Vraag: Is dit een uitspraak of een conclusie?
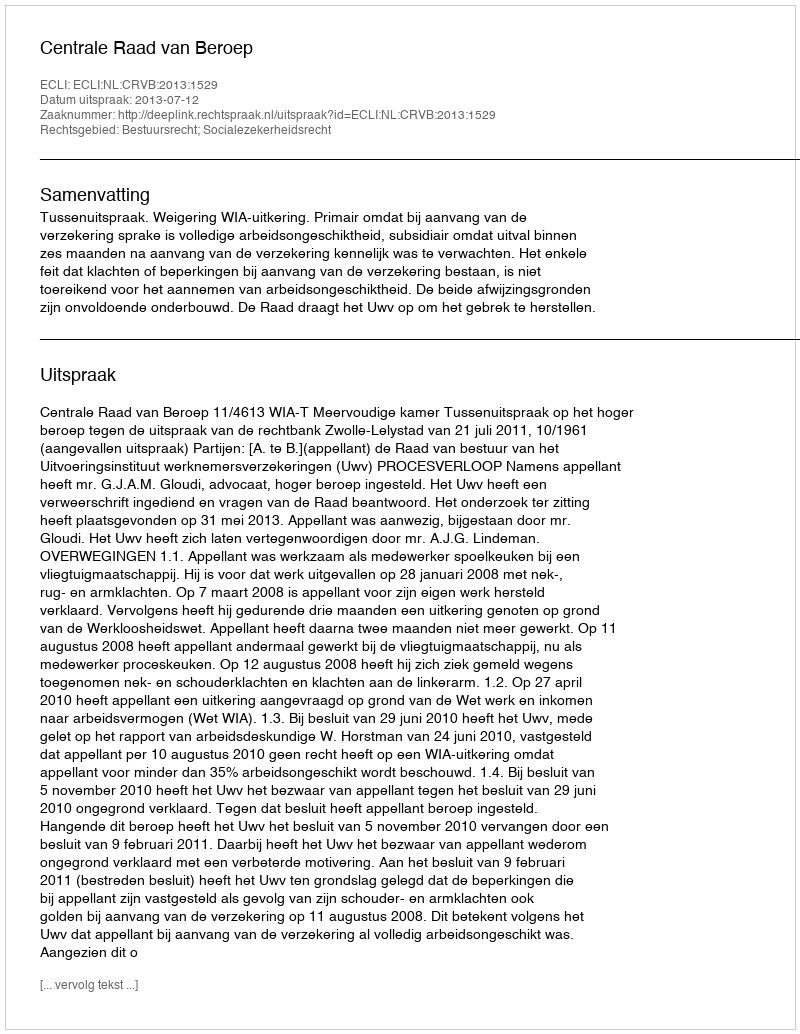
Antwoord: Uitspraak